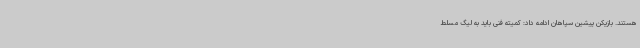
هستند. بازیکن پیشین سپاهان ادامه داد: کمیته ‌فنی باید به لیگ مسلط